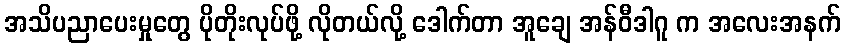
အသိပညာပေးမှုတွေ ပိုတိုးလုပ်ဖို့ လိုတယ်လို့ ဒေါက်တာ အူချေ အန်ဝီဒါဂူ က အလေးအနက်